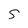
Character: 5